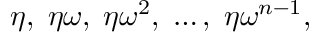
\eta , \; \eta \omega , \; \eta \omega ^ { 2 } , \; \ldots , \; \eta \omega ^ { n - 1 } ,